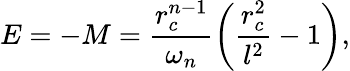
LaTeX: E=-M=\frac{r_{c}^{n-1}}{\omega_{n}}\left(\frac{r_{c}^{2}}{l^{2}}-1\right),